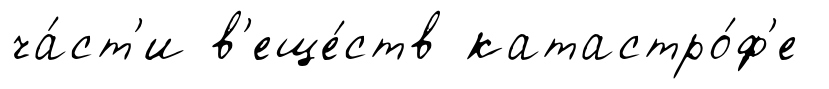
ча́ст'и в'еще́ств катастро́ф'е